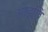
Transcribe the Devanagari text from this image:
आइछि